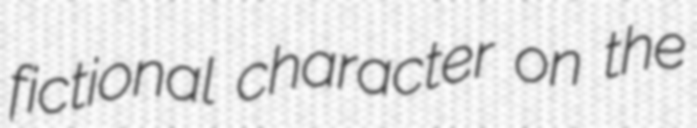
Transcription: fictional character on the